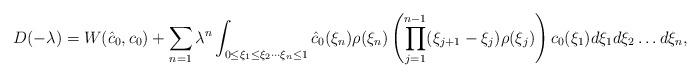
LaTeX: \begin{align*}D(-\lambda)=W(\hat c_0,c_0)+\sum_{n=1} \lambda^n \int_{0\leq \xi_1\leq \xi_2\cdots \xi_n\leq 1}\hat c_0(\xi_n)\rho(\xi_n)\left(\prod_{j=1}^{n-1}(\xi_{j+1}-\xi_j) \rho(\xi_j)\right)c_0(\xi_1) d\xi_1d\xi_2\dots d\xi_n, \end{align*}